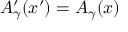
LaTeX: A _ { \gamma } ^ { \prime } ( x ^ { \prime } ) = A _ { \gamma } ( x )